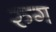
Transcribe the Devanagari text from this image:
रुग